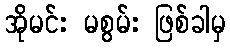
အိုမင်း မစွမ်း ဖြစ်ခါမှ